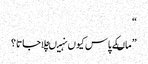
“
” ماںکے پاس کیوں نہیںچلاجاتا ؟